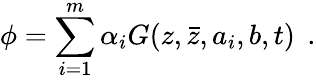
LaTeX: \phi=\sum_{i=1}^{m}{\alpha_{i}}G(z,\bar{z},a_{i},b,t)\: \: .